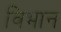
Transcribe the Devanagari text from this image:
विभान